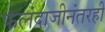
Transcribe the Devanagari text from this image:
फलंदाजीनंतरही